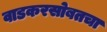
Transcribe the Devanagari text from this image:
वाडकरसोबतचा